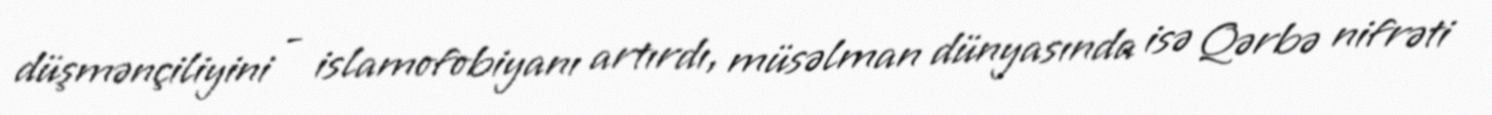
düşmənçiliyini - islamofobiyanı artırdı, müsəlman dünyasında isə Qərbə nifrəti